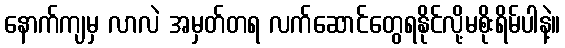
နောက်ကျမှ လာလဲ အမှတ်တရ လက်ဆောင်တွေရနိုင်လို့မစိုးရိမ်ပါနဲ့။